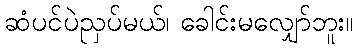
ဆံပင်ပဲညှပ်မယ်၊ ခေါင်းမလျှော်ဘူး။